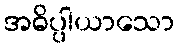
အဓိပ္ပါယာသော